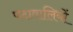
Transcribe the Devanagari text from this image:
पदावालियों